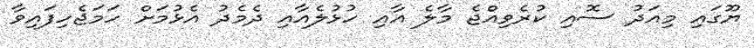
ޔޫގައި މިއަދު ސޮއި ކުރެވިއްޖެ މާލެ އާއި ހުޅުލެއާއި ދެމެދު އެޅުމަށް ހަމަޖެހިފައިވާ